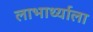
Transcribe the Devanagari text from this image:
लाभार्थ्याला